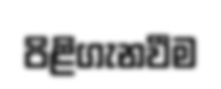
පිළිගැනවීම